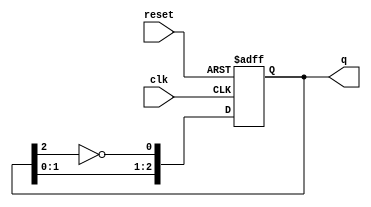
module JohnsonCounter #(
    parameter N = 3 // Number of flip-flops
)(
    input wire clk,         // Clock input
    input wire reset,       // Asynchronous reset input
    output reg [N-1:0] q    // Output state of the counter
);

// Internal signal for the inverted output of the last flip-flop
wire feedback;

// Assign feedback as the inverted output of the last flip-flop
assign feedback = ~q[N-1];

always @(posedge clk or posedge reset) begin
    if (reset) begin
        q <= 0; // Reset the counter to 0
    end else begin
        // Shift the state and apply feedback to the first flip-flop
        q <= {q[N-2:0], feedback};
    end
end

endmodule